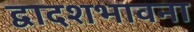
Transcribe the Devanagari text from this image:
द्वादशभावना